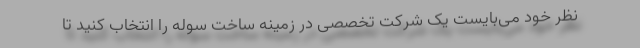
نظر خود می‌بایست یک شرکت تخصصی در زمینه ساخت سوله را انتخاب کنید تا